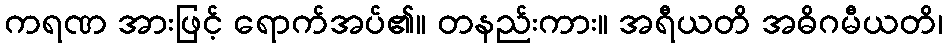
ကရဏ အားဖြင့် ရောက်အပ်၏။ တနည်းကား။ အရီယတိ အဓိဂမီယတိ၊